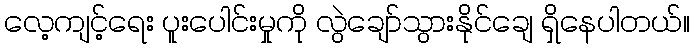
လေ့ကျင့်ရေး ပူးပေါင်းမှုကို လွဲချော်သွားနိုင်ချေ ရှိနေပါတယ်။